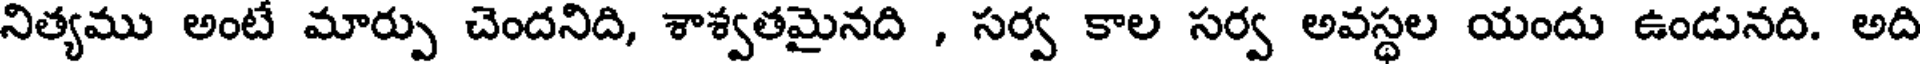
నిత్యము అంటే మార్పు చెందనిది, శాశ్వతమైనది , సర్వ కాల సర్వ అవస్థల యందు ఉండునది. అది